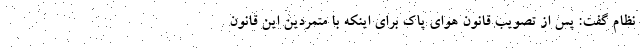
نظام گفت:‌ پس از تصویب قانون هوای پاک برای اینکه با متمردین این قانون